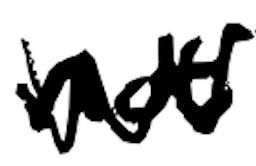
Text: not
Cross-out: zig-zag
Writing tool: digital_black